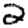
Digit: 2